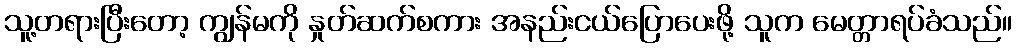
သူ့တရားပြီးတော့ ကျွန်မကို နှုတ်ဆက်စကား အနည်းငယ်ပြောပေးဖို့ သူက မေတ္တာရပ်ခံသည်။